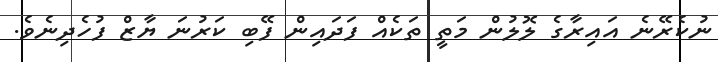
ނުކެރޭނެ އައިރާގެ ލޮލުން މަތީ ތަކެއް ފަދައިން ފޭބި ކަރުނަ ޔާޒް ފުހެދިނެވެ.